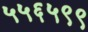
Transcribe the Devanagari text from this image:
५५६५९९